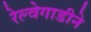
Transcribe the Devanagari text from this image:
रेल्वेगाडीने